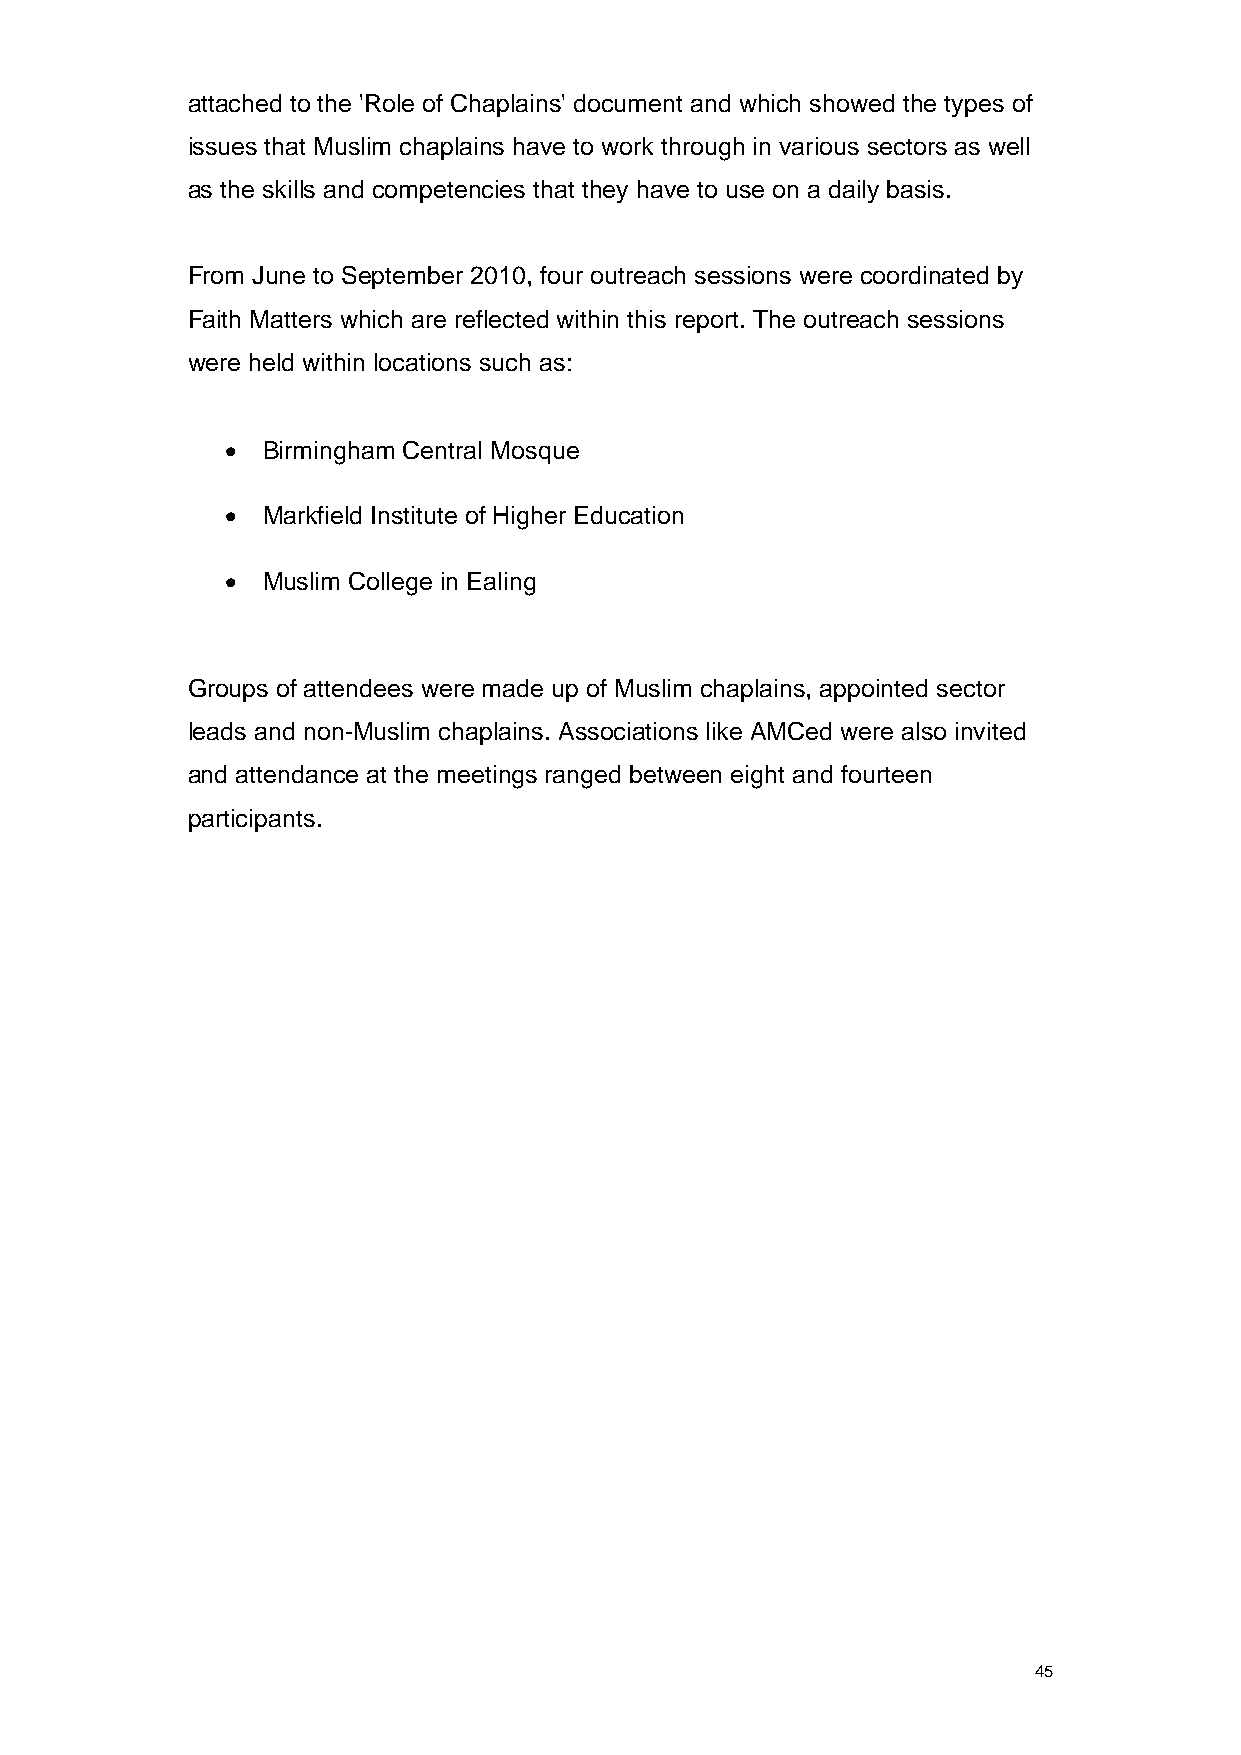
attached to the 'Role of Chaplains' document and which showed the types of
 issues that Muslim chaplains have to work through in various sectors as well
 as the skills and competencies that they have to use on a daily basis.
 From June to September 2010, four outreach sessions were coordinated by
 Faith Matters which are reflected within this report. The outreach sessions
 were held within locations such as:
 • Birmingham Central Mosque
 • Markfield Institute of Higher Education
 • Muslim College in Ealing
 Groups of attendees were made up of Muslim chaplains, appointed sector
 leads and non-Muslim chaplains. Associations like AMCed were also invited
 and attendance at the meetings ranged between eight and fourteen
 participants.
 45